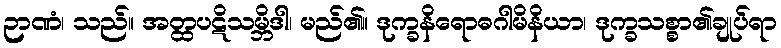
ဉာဏံ၊ သည်။ အတ္ထပဋိသမ္ဘိဒါ၊ မည်၏။ ဒုက္ခနိရောဓဂါမိနိယာ၊ ဒုက္ခသစ္စာ၏ချုပ်ရာ